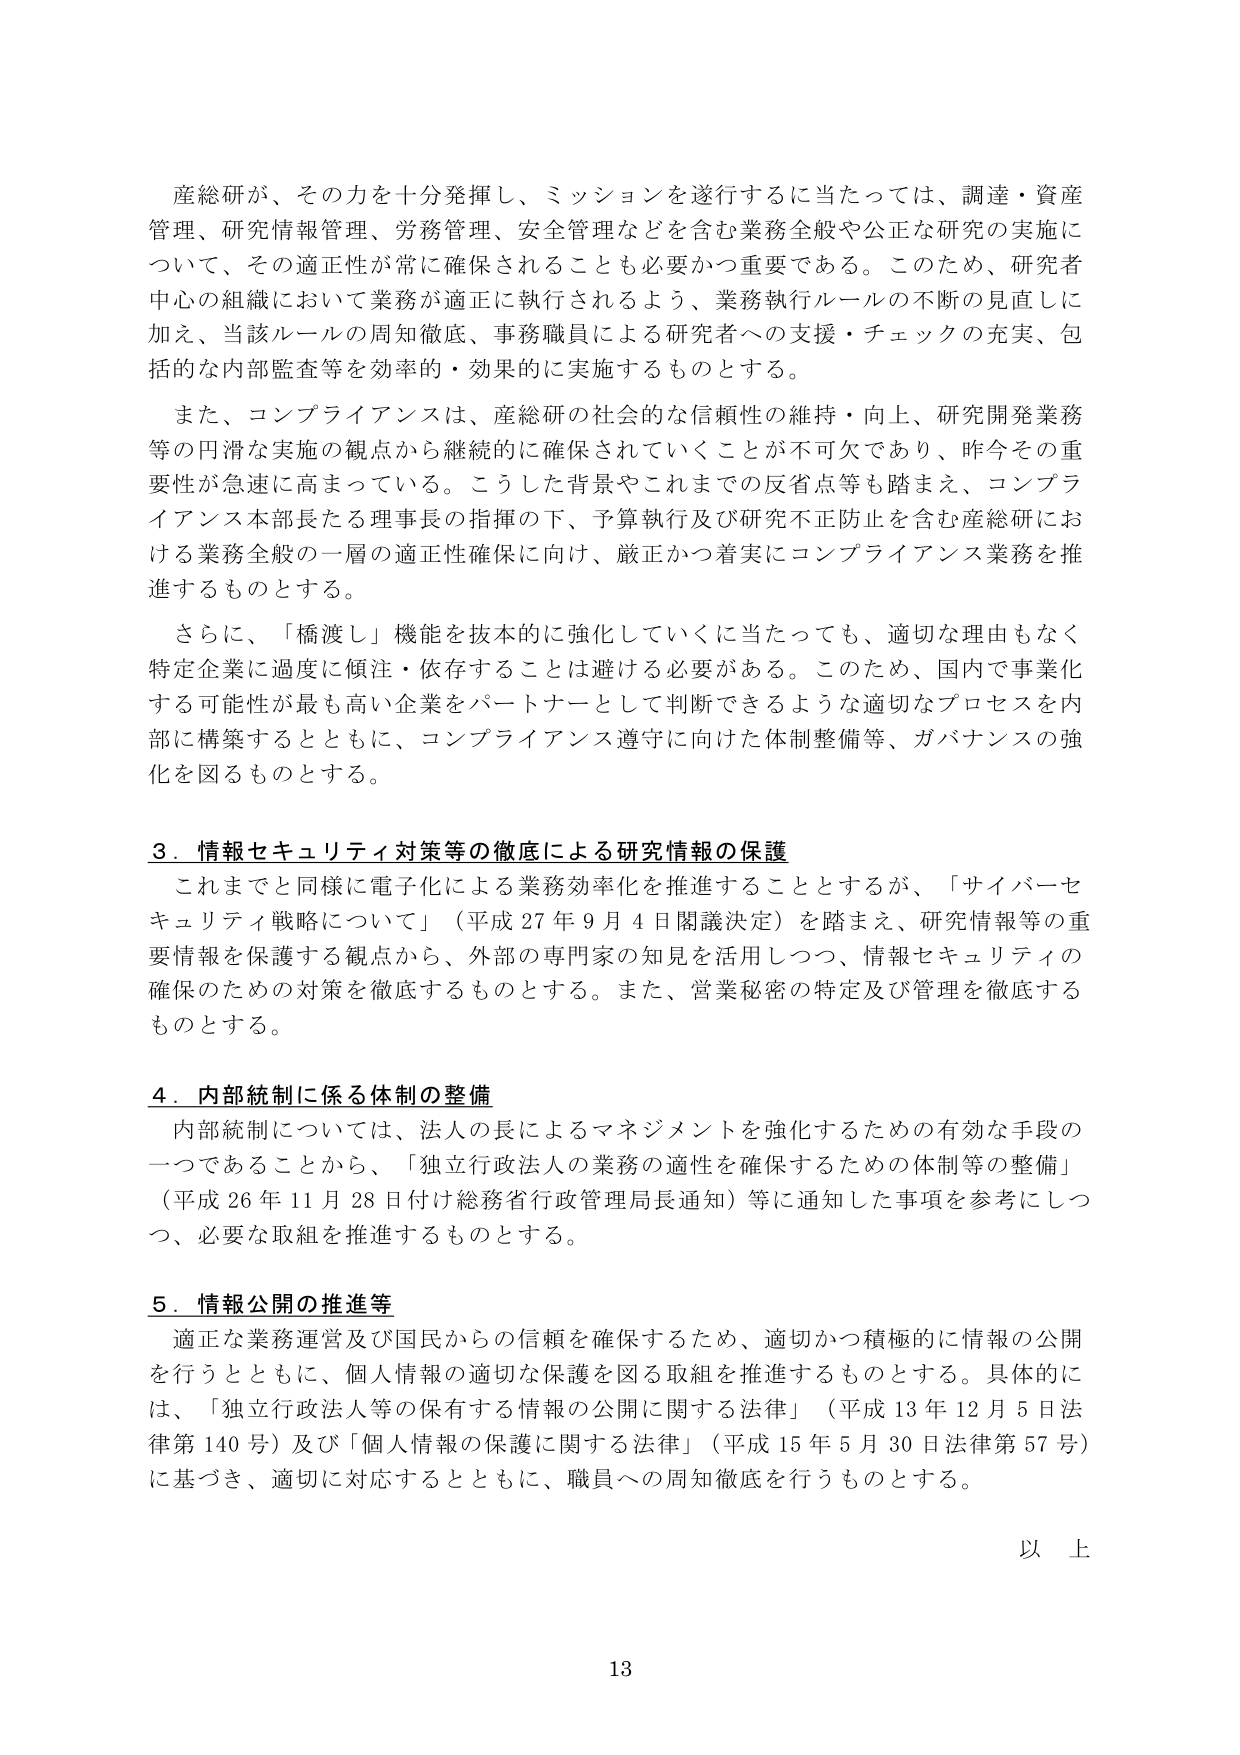
産総研が、その力を十分発揮し、ミッションを遂行するに当たっては、調達・資産管理、研究情報管理、労務管理、安全管理などを含む業務全般や公正な研究の実施について、その適正性が常に確保されることも必要かつ重要である。このため、研究者中心の組織において業務が適正に執行されるよう、業務執行ルールの不断の見直しに加え、当該ルールの周知徹底、事務職員による研究者への支援・チェックの充実、包括的な内部監査等を効率的・効果的に実施するものとする。

また、コンプライアンスは、産総研の社会的な信頼性の維持・向上、研究開発業務等の円滑な実施の観点から継続的に確保されていくことが不可欠であり、昨今その重要性が急速に高まっている。こうした背景やこれまでの反省点等も踏まえ、コンプライアンス本部長たる理事長の指揮の下、予算執行及び研究不正防止を含む産総研における業務全般の一層の適正性確保に向け、厳正かつ着実にコンプライアンス業務を推進するものとする。

さらに、「橋渡し」機能を技術的に強化していくに当たっても、適切な理由もなく特定企業に過度に傾注・依存することは避ける必要がある。このため、国内で事業化する可能性が最も高い企業をパートナーとして判断できるような適切なプロセスを内部に構築するとともに、コンプライアンス遵守に向けた体制整備等、ガバナンスの強化を図るものとする。

３．情報セキュリティ対策等の徹底による研究情報の保護
これまでと同様に電子化による業務効率化を推進することとするが、「サイバーセキュリティ戦略について」（平成27年9月4日閣議決定）を踏まえ、研究情報等の重要情報を保護する観点から、外部の専門家の知見を活用しつつ、情報セキュリティの確保のための対策を徹底するものとする。また、営業秘密の特定及び管理を徹底するものとする。

４．内部統制に係る体制の整備
内部統制については、法人の長によるマネジメントを強化するための有効な手段の一つであることから、「独立行政法人の業務の適性を確保するための体制等の整備」（平成26年11月28日付け総務省行政管理局長通知）等に通知した事項を参考にしつつ、必要な取組を推進するものとする。

５．情報公開の推進等
適正な業務運営及び国民からの信頼を確保するため、適切かつ積極的に情報の公開を行うとともに、個人情報の適切な保護を図る取組を推進するものとする。具体的には、「独立行政法人等の保有する情報の公開に関する法律」（平成13年12月5日法律第140号）及び「個人情報の保護に関する法律」（平成15年5月30日法律第57号）に基づき、適切に対応するとともに、職員への周知徹底を行うものとする。

以上

13